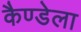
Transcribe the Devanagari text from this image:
कैण्डेला